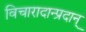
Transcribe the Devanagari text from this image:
विचारादान्प्रदान्